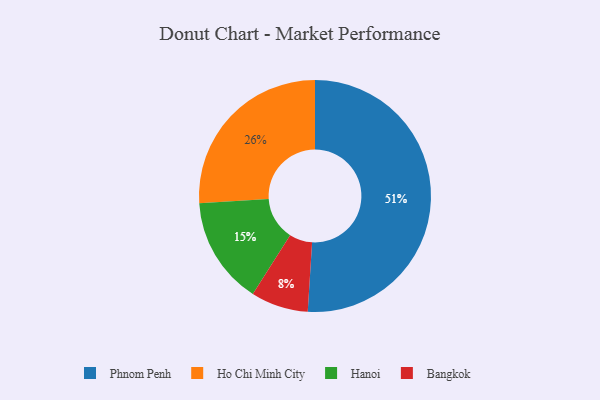
{"axis": {"x": "Category", "y": "Percentage"}, "legend": ["Bangkok", "Hanoi", "Ho Chi Minh City", "Phnom Penh"], "data": [{"x": "Bangkok", "y": 8, "type": "Bangkok"}, {"x": "Phnom Penh", "y": 51, "type": "Phnom Penh"}, {"x": "Hanoi", "y": 15, "type": "Hanoi"}, {"x": "Ho Chi Minh City", "y": 26, "type": "Ho Chi Minh City"}]}